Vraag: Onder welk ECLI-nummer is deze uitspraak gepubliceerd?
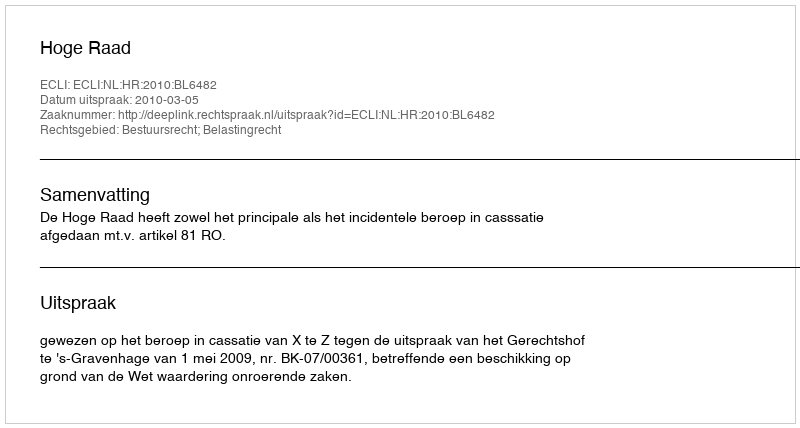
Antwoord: ECLI:NL:HR:2010:BL6482